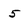
Character: 5